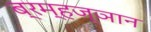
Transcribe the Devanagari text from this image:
ब्रम्हज्ञान